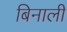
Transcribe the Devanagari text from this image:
बिनाली